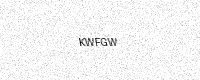
Text: KWFGW